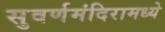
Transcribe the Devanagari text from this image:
सुवर्णमंदिरामध्ये